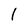
Character: 1